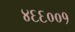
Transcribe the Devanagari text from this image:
४६६००१